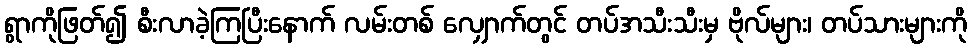
ရွာကိုဖြတ်၍ စီးလာခဲ့ကြပြီးနောက် လမ်းတစ် လျှောက်တွင် တပ်အသီးသီးမှ ဗိုလ်များ၊ တပ်သားများကို